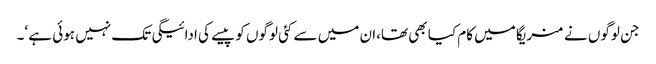
جن لوگوں نے منریگا میں کام کیا بھی تھا،ان میں سے کئی لوگوں کو پیسے کی ادائیگی تک نہیں ہوئی ہے ‘۔